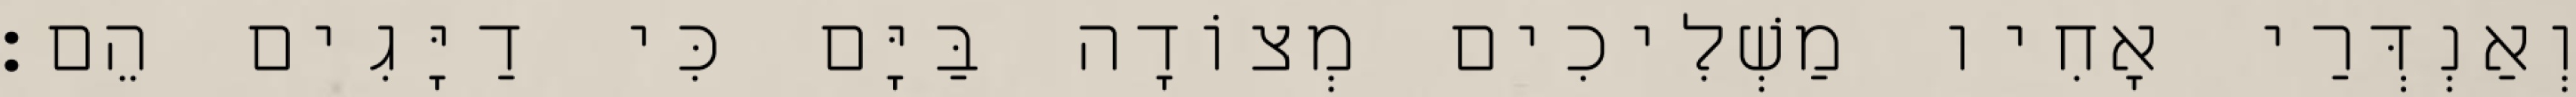
וְאַנְדְּרַי אָחִיו מַשְׁלִיכִים מְצוֹדָה בַּיָּם כִּי דַיָּגִים הֵם׃